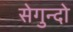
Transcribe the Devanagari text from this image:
सेगुन्दो